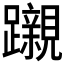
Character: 𮜪